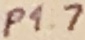
Text: P1.7